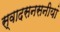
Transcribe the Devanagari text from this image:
स्वादसनसनीयां